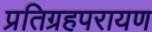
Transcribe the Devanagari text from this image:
प्रतिग्रहपरायण